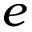
e